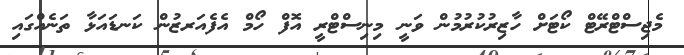
މެޖިސްޓްރޭޓް ކޯޓަށް ހާޒިރުކުރުމުން ވަނީ މިނިސްޓްރީ އޮފް ހޯމް އެފެއަރޒުން ކަނޑައަޅާ ތަނެއްގައި